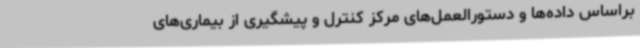
براساس داده‌ها و دستورالعمل‌های مرکز کنترل و پیشگیری از بیماری‌های